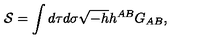
{ \cal S } = \int d \tau d \sigma \sqrt { - h } h ^ { A B } G _ { A B } ,